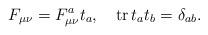
LaTeX: \begin{align*}F_{\mu\nu}=F^a_{\mu\nu} t_a,\quad \ensuremath{\mathop{\rm tr}\nolimits} t_at_b =\delta_{ab}.\end{align*}